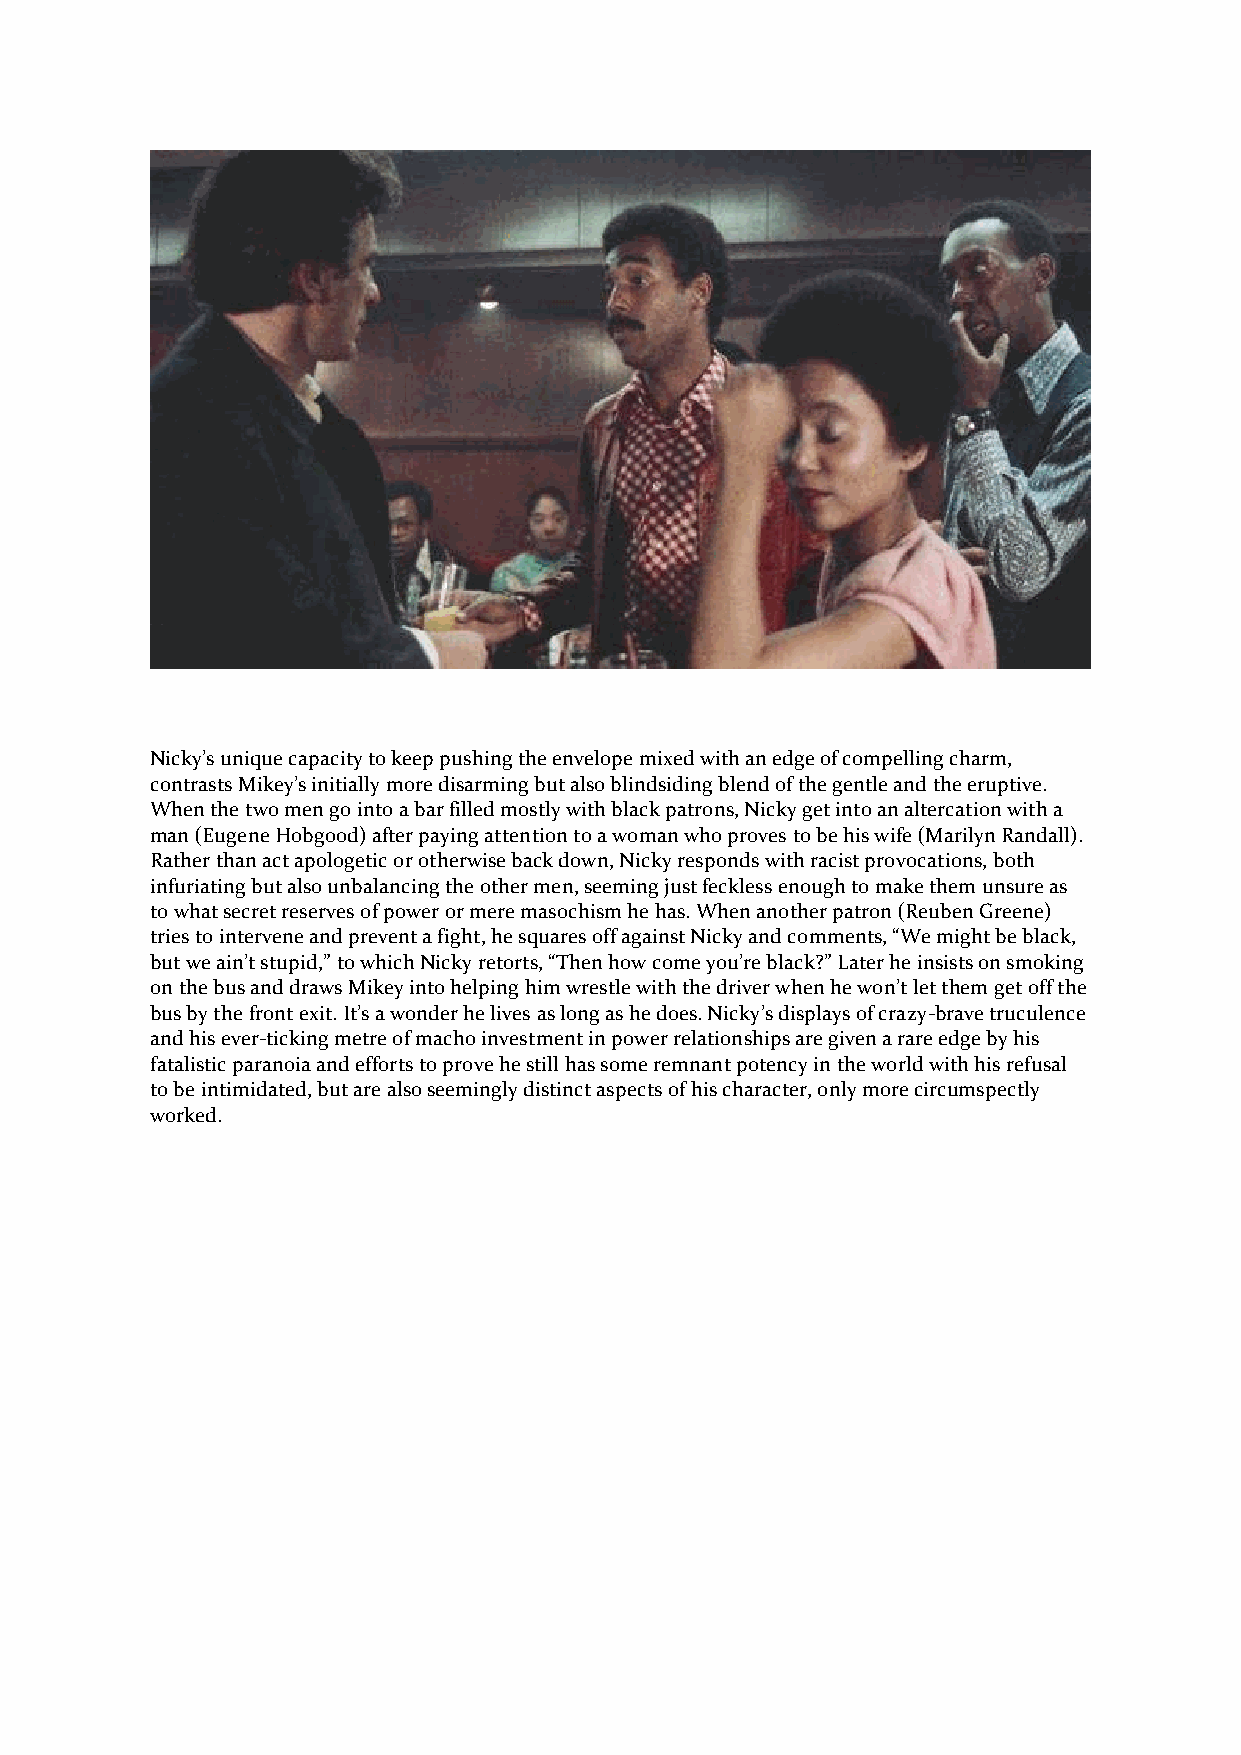
Nicky’s unique capacity to keep pushing the envelope mixed with an edge of compelling charm,
 contrasts Mikey’s initially more disarming but also blindsiding blend of the gentle and the eruptive.
 When the two men go into a bar filled mostly with black patrons, Nicky get into an altercation with a
 man (Eugene Hobgood) after paying attention to a woman who proves to be his wife (Marilyn Randall).
 Rather than act apologetic or otherwise back down, Nicky responds with racist provocations, both
 infuriating but also unbalancing the other men, seeming just feckless enough to make them unsure as
 to what secret reserves of power or mere masochism he has. When another patron (Reuben Greene)
 tries to intervene and prevent a fight, he squares off against Nicky and comments, “We might be black,
 but we ain’t stupid,” to which Nicky retorts, “Then how come you’re black?” Later he insists on smoking
 on the bus and draws Mikey into helping him wrestle with the driver when he won’t let them get off the
 bus by the front exit. It’s a wonder he lives as long as he does. Nicky’s displays of crazy-brave truculence
 and his ever-ticking metre of macho investment in power relationships are given a rare edge by his
 fatalistic paranoia and efforts to prove he still has some remnant potency in the world with his refusal
 to be intimidated, but are also seemingly distinct aspects of his character, only more circumspectly
 worked.